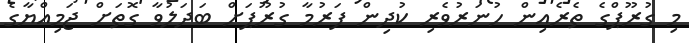
މި ގުރޫޕްގެ ތެރެއިން ހުނަރުވެރި ކުދިން ފަރުމާ ގުރޫޕަށް ބަދަލުވާ ގޮތަށް ޖަމިއްޔާގެ